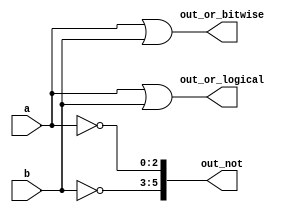
module top_module( 
    input [2:0] a,
    input [2:0] b,
    output [2:0] out_or_bitwise,
    output out_or_logical,
    output [5:0] out_not
);
//Place the inverse of b in the upper half of out_not (i.e., bits [5:3]), and the inverse of a in the lower half.
	assign out_or_bitwise = a | b;
    assign out_or_logical = a || b;
    assign out_not[5:3] = ~b;
    assign out_not[2:0] = ~a;
endmodule